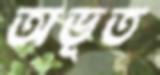
অভূত